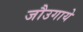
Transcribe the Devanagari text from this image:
जौउगाये